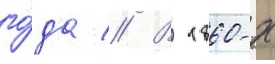
го́да // В 1860-х